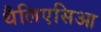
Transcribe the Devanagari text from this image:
थैलिएसिआ